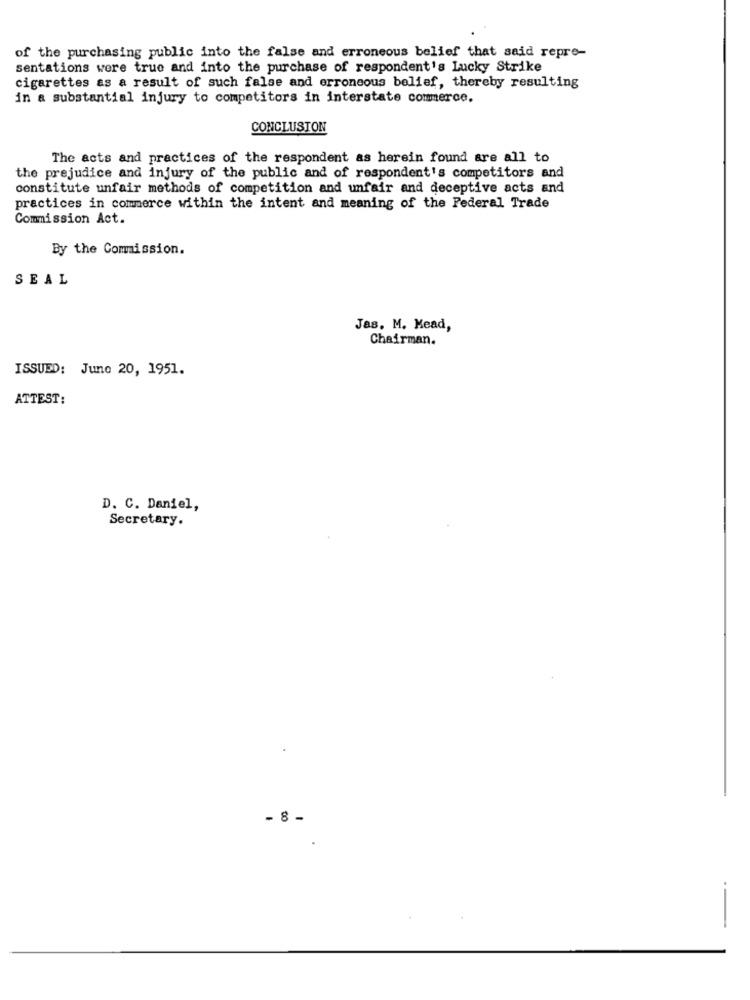
of the purchasing public into the false and erroneous belief that said repre-
sentations were true and into the purchase of respondent's Lucky Strike
cigarettes as a result of such false and erroneous belief, thereby resulting
in a substantial injury to competitors in interstate commerce.
CONCLUSION
The acts and practices of the respondent as herein found are all to
the prejudice and injury of the public and of respondent's competitors and
constitute unfair methods of competition and unfair and deceptive acts and
practices in commerce within the intent and meaning of the Federal Trade
Commission Act.
By the Commission.
SEAL
Jas. M. Mead,
Chairman.
ISSUED: June 20, 1951.
ATTEST:
D. C. Daniel,
Secretary.
- 8 -